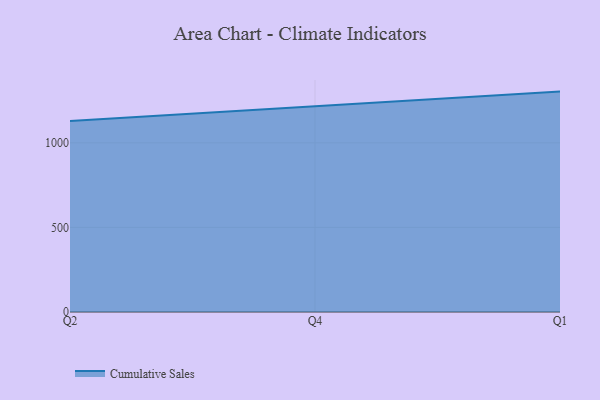
{"axis": {"x": "Quarter", "y": "Temperature (°C)"}, "legend": ["Cumulative Sales"], "data": [{"x": "Q2", "y": 1128.5, "type": "Cumulative Sales"}, {"x": "Q4", "y": 1217.8, "type": "Cumulative Sales"}, {"x": "Q1", "y": 1302.9, "type": "Cumulative Sales"}]}